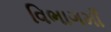
વિભાગમાઁ